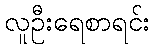
လူဦးရေစာရင်း